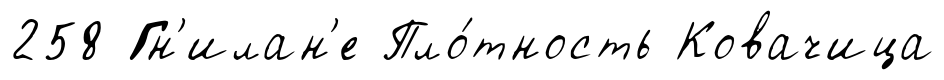
258 Гн'илан'е Пло́тность Ковачица